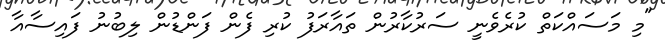
"މި މަސައްކަތް ކުރެވެނީ ސަރުކާރުން ތައާރަފު ކުރި ފެން ފަންޑުން ލިބުނު ފައިސާއާ